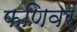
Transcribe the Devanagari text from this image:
फणिवर